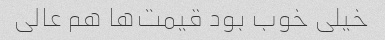
خیلی خوب بود قیمت‌ها هم عالی